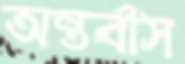
অন্তর্বাস